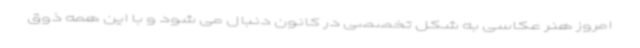
امروز هنر عکاسی به شکل تخصصی در کانون دنبال می شود و با این همه ذوق